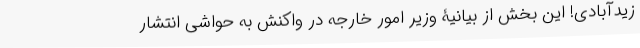
زیدآبادی! این بخش از بیانیۀ وزیر امور خارجه در واکنش به حواشی انتشار